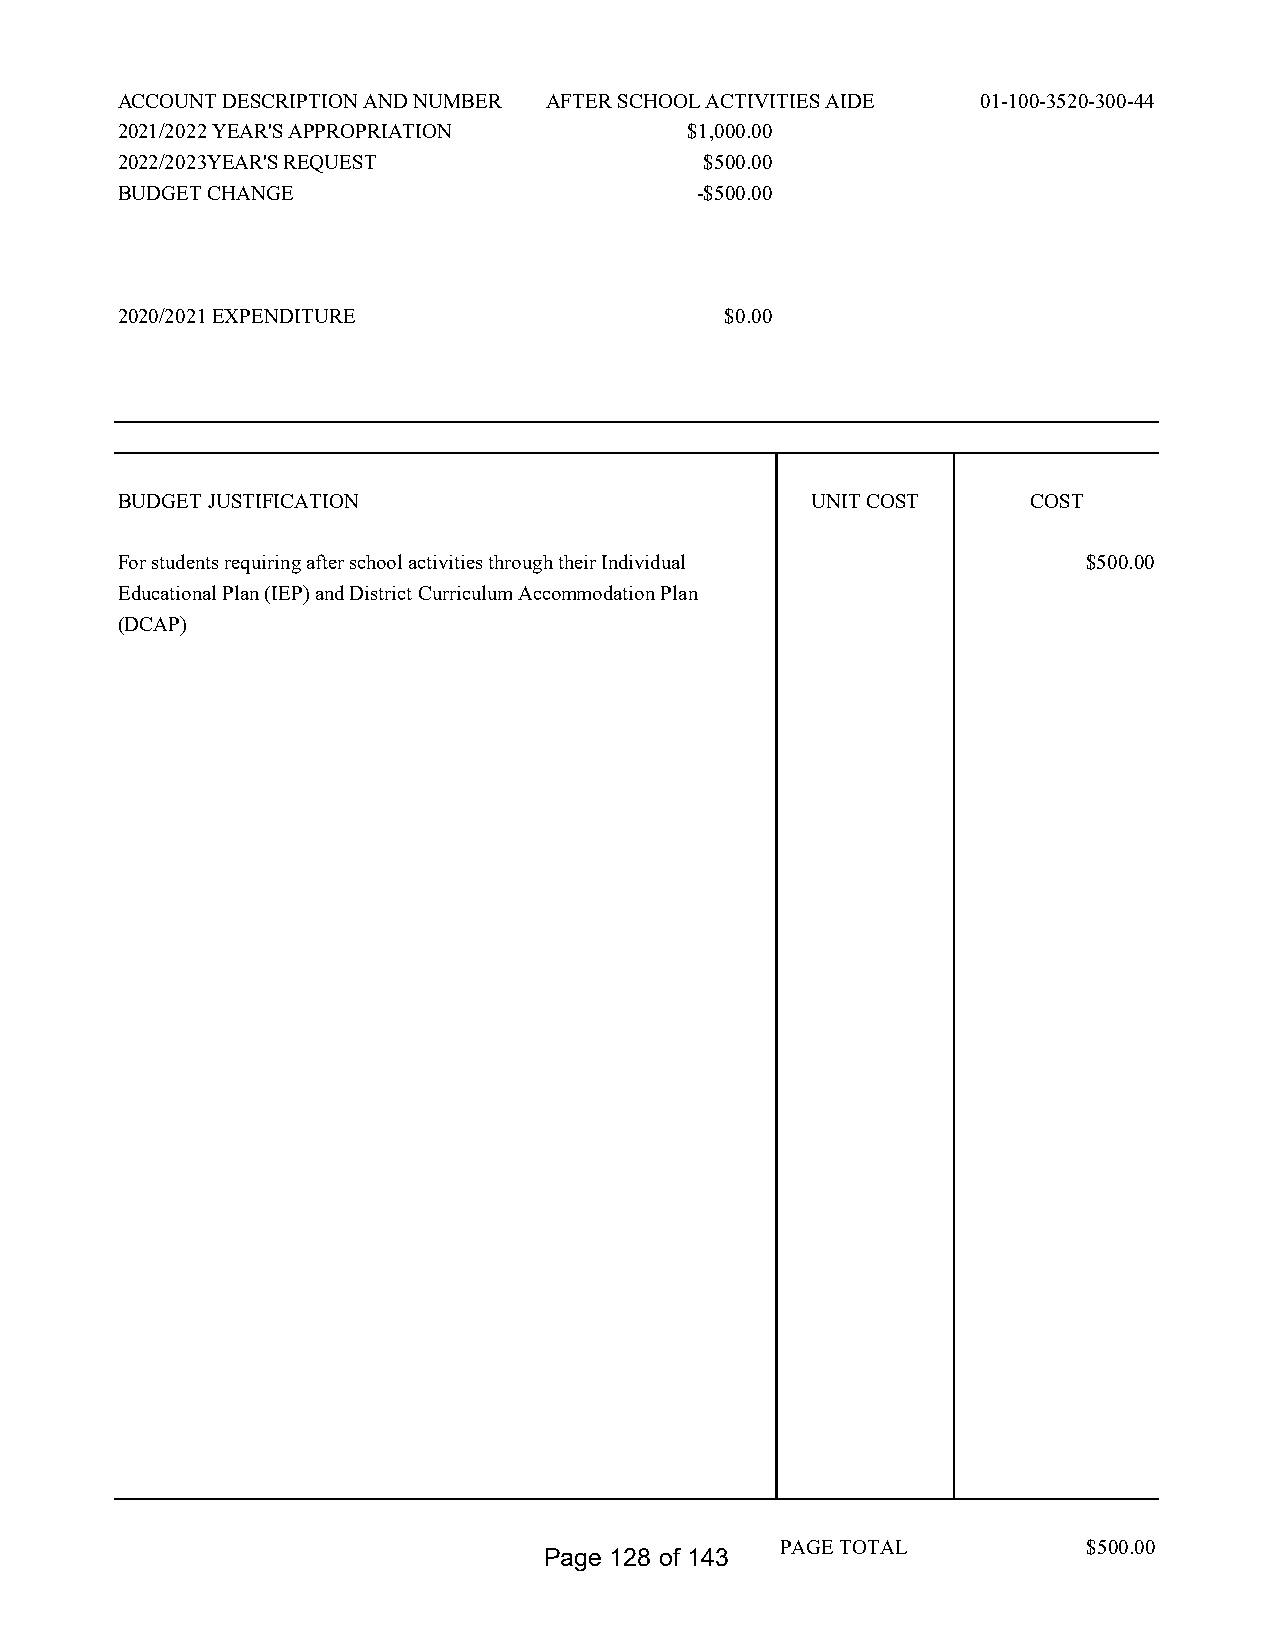
ACCOUNT DESCRIPTION AND NUMBER AFTER SCHOOL ACTIVITIES AIDE 01-100-3520-300-44
 2021/2022 YEAR'S APPROPRIATION        $1,000.00
 2022/2023YEAR'S REQUEST                $500.00
 BUDGET CHANGE                         -$500.00
 2020/2021 EXPENDITURE                   $0.00
 BUDGET JUSTIFICATION                          UNIT COST     COST
 For students requiring after school activities through their Individual $500.00
 Educational Plan (IEP) and District Curriculum Accommodation Plan
 (DCAP)
 PAGE TOTAL          $500.00
 Page 128 of 143